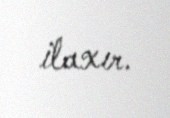
ilaxır.